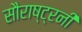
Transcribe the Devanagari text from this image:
सौराष्ट्रनी